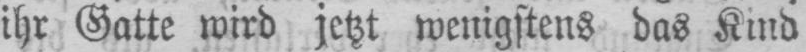
ihr Gatte wird jetzt wenigstens das Kind